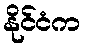
နိုင်ငံက